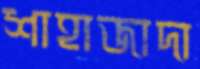
শাহাজাদা